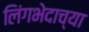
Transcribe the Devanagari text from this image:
लिंगभेदाच्या